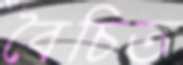
বৈচিত